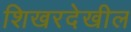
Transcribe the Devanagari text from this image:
शिखरदेखील